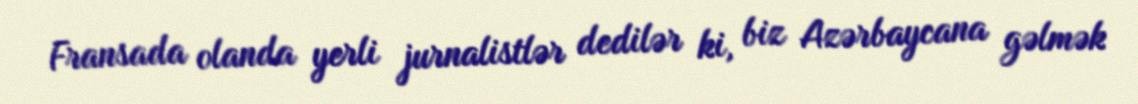
Fransada olanda yerli jurnalistlər dedilər ki, biz Azərbaycana gəlmək